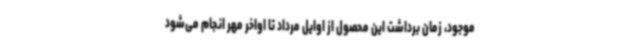
موجود، زمان برداشت این محصول از اوایل مرداد تا اواخر مهر انجام می‌شود